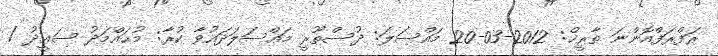
ރަފްރަފްއޮންނަ ތާރީޚް: 2012-03-20 މައްސަލަ: ދުސްތޫރީ މައްސަލަދައުވާ ކުރާ: މުޙައްމަދު ސަޢީދު /